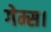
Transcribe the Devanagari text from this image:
गेम्स।